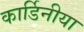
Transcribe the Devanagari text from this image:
कार्डिनीया